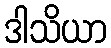
ဒါသိယာ